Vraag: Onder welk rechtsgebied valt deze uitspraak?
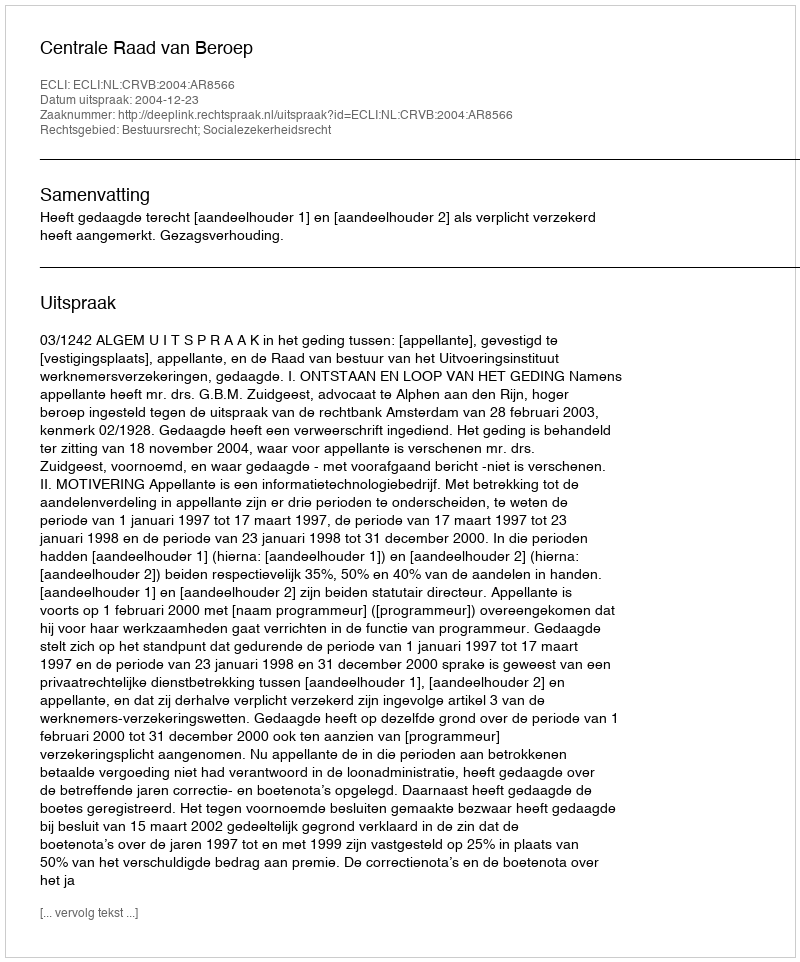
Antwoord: Bestuursrecht; Socialezekerheidsrecht